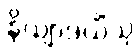
နိယျာဒယိံသု